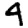
Digit: 4